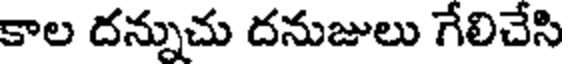
కాల దన్నుచు దనుజులు గేలిచేసి